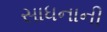
સાધનાની